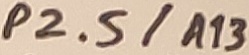
Text: P2.5/A13